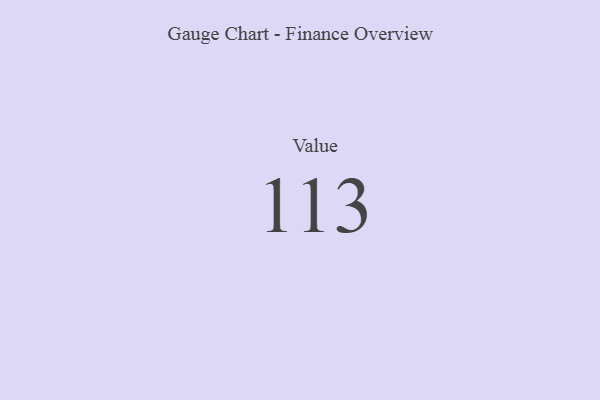
{"axis": {"x": "Metric", "y": "Value"}, "legend": [""], "data": [{"x": "Value", "y": 113, "type": ""}]}